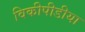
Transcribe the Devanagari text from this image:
विकीपीडीया